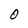
Character: 0